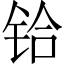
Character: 铪